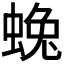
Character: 𮔛